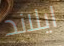
ايلاند